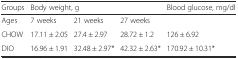
| Groups | <COLSPAN=3> Body weight, g | Blood glucose, mg/dl |
 | --- | --- | --- | --- | --- |
 | Ages | 7 weeks | 21 weeks | 27 weeks |  |
 | CHOW | 17.11 ± 2.05 | 27.4 ± 2.97 | 28.72 ± 1.2 | 126 ± 6.92 |
 | DIO | 16.96 ± 1.91 | 32.48 ± 2.97* | 42.32 ± 2.63* | 170.92 ± 10.31* |